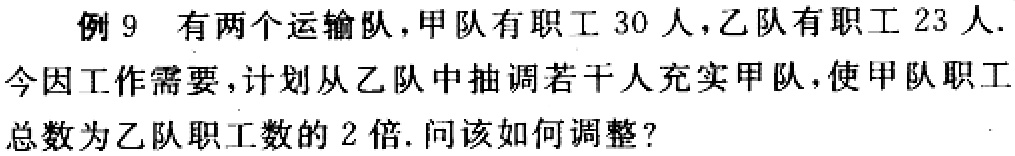
例 9 有两个运输队，甲队有职工 30 人，乙队有职工 23 人.

今因工作需要，计划从乙队中抽调若干人充实甲队，使甲队职工

总数为乙队职工数的 2 倍. 问该如何调整？